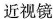
近视镜